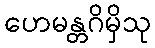
ဟေမန္တဂိမှိသု